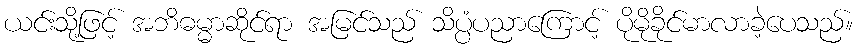
ယင်းသို့ဖြင့် အဘိဓမ္မာဆိုင်ရာ အမြင်သည် သိပ္ပံပညာကြောင့် ပိုမိုခိုင်မာလာခဲ့ပေသည်။